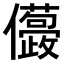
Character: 𠑛